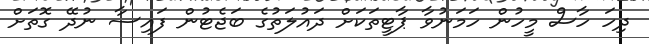
ދިހަ ހާސް މީހުން ހަމަނުވާ ޕާޓީތަކަށް ދައުލަތުގެ ބަޖެޓުން ފައިސާ ނުދޭ ގޮތަށް